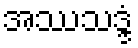
အဿသဒ္ဒံ